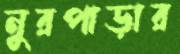
নুরপাড়ার